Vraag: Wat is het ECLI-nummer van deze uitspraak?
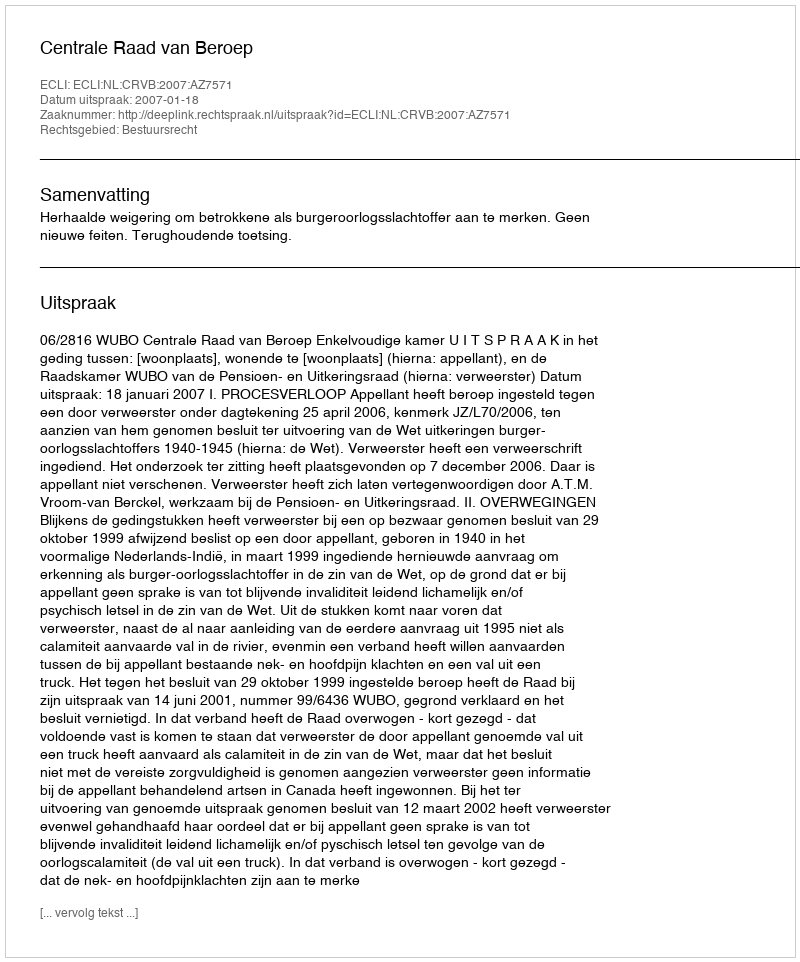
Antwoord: ECLI:NL:CRVB:2007:AZ7571